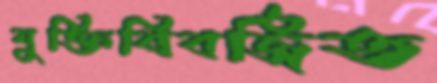
যুক্তিবিবর্জিত